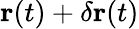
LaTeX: \mathbf{r}(t)+\delta\mathbf{r}(t)